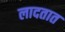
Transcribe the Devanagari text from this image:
लादतात